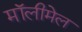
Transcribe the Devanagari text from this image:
मॉलीमेल